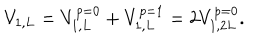
V _ { 1 , L } = V _ { 1 , L } ^ { p = 0 } + V _ { 1 , L } ^ { p = 1 } = 2 V _ { 1 , 2 L } ^ { p = 0 } .